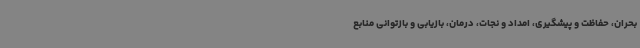
بحران، حفاظت و پیشگیری، امداد و نجات، درمان، بازیابی و بازتوانی منابع